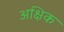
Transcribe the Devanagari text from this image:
अक्षिक